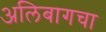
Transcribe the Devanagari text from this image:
अलिबागचा